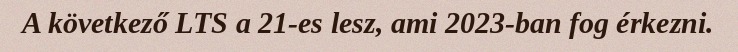
A következő LTS a 21-es lesz, ami 2023-ban fog érkezni.